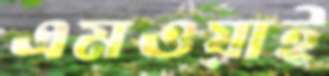
এমওয়াই